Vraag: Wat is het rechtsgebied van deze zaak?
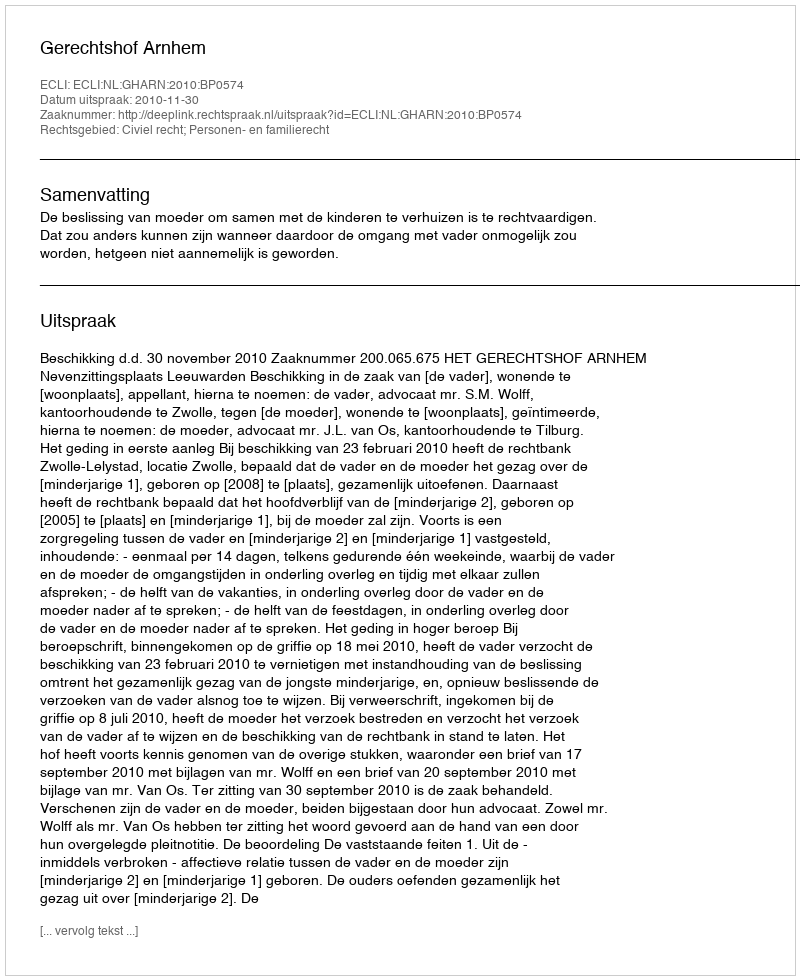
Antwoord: Civiel recht; Personen- en familierecht